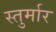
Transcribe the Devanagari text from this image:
स्तुर्मार